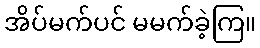
အိပ်မက်ပင် မမက်ခဲ့ကြ။